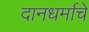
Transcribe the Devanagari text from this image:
दानधर्माचे